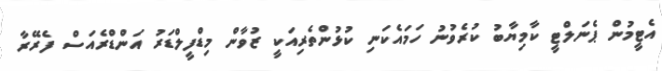
އެޓީމުން ޕެނަލްޓީ ކާމިޔާބު ކުރެވުނު ހަމައެކަނި ކުޅުންތެރިއަކީ ޒުވާން މިޑްފީލްޑަރު އަންޑްރެއަސް ފެރޭރާ